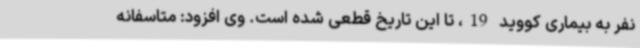
نفر به بیماری کووید 19، تا این تاریخ قطعی شده است. وی افزود: متاسفانه